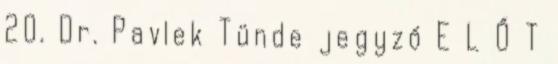
20. Dr. Pavlek Tünde jegyző E L Ő T